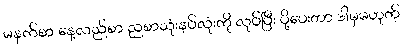
မနက်စာ နေ့လည်စာ ညစာသုံးနပ်လုံးကို လုပ်ပြီး ပို့ပေးတာ ဒါမှမဟုတ်